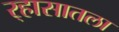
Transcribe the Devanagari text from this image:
र्‍हासातला